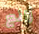
رائع